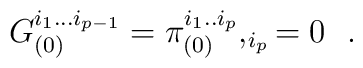
G_{(0)}^{i_1...i_{p-1}}= \pi _{(0)}^{i_1..i_p},_{i_p}=0 \,\,\, \, .